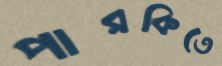
পারকিতে